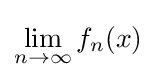
\lim _{n\to \infty }f_{n}(x)